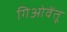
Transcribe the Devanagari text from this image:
गिओवेंतू